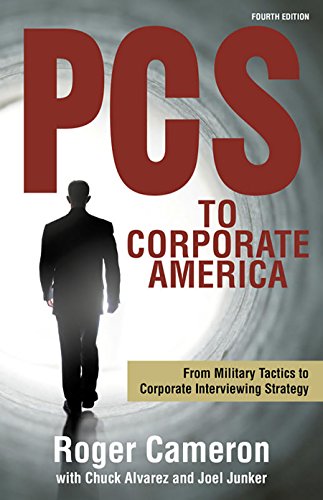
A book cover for PCS to Corporate America: From Military Tactics to Corporate Interviewing Strategy; Roger Cameron; Business & Money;